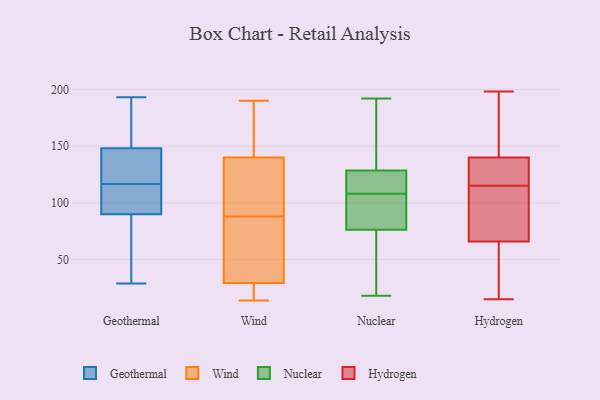
{"axis": {"x": "Gross Profit (USD K)", "y": "Value"}, "legend": ["Geothermal", "Hydrogen", "Nuclear", "Wind"], "data": [{"x": "", "y": 106, "type": "Geothermal"}, {"x": "", "y": 29, "type": "Geothermal"}, {"x": "", "y": 127, "type": "Geothermal"}, {"x": "", "y": 144, "type": "Geothermal"}, {"x": "", "y": 193, "type": "Geothermal"}, {"x": "", "y": 148, "type": "Geothermal"}, {"x": "", "y": 184, "type": "Geothermal"}, {"x": "", "y": 35, "type": "Geothermal"}, {"x": "", "y": 94, "type": "Geothermal"}, {"x": "", "y": 90, "type": "Geothermal"}, {"x": "", "y": 40, "type": "Wind"}, {"x": "", "y": 106, "type": "Wind"}, {"x": "", "y": 29, "type": "Wind"}, {"x": "", "y": 131, "type": "Wind"}, {"x": "", "y": 143, "type": "Wind"}, {"x": "", "y": 190, "type": "Wind"}, {"x": "", "y": 143, "type": "Wind"}, {"x": "", "y": 14, "type": "Wind"}, {"x": "", "y": 30, "type": "Wind"}, {"x": "", "y": 62, "type": "Wind"}, {"x": "", "y": 15, "type": "Wind"}, {"x": "", "y": 29, "type": "Wind"}, {"x": "", "y": 114, "type": "Wind"}, {"x": "", "y": 88, "type": "Wind"}, {"x": "", "y": 160, "type": "Wind"}, {"x": "", "y": 19, "type": "Nuclear"}, {"x": "", "y": 65, "type": "Nuclear"}, {"x": "", "y": 18, "type": "Nuclear"}, {"x": "", "y": 95, "type": "Nuclear"}, {"x": "", "y": 108, "type": "Nuclear"}, {"x": "", "y": 127, "type": "Nuclear"}, {"x": "", "y": 76, "type": "Nuclear"}, {"x": "", "y": 124, "type": "Nuclear"}, {"x": "", "y": 108, "type": "Nuclear"}, {"x": "", "y": 141, "type": "Nuclear"}, {"x": "", "y": 77, "type": "Nuclear"}, {"x": "", "y": 192, "type": "Nuclear"}, {"x": "", "y": 167, "type": "Nuclear"}, {"x": "", "y": 177, "type": "Nuclear"}, {"x": "", "y": 124, "type": "Nuclear"}, {"x": "", "y": 50, "type": "Nuclear"}, {"x": "", "y": 94, "type": "Nuclear"}, {"x": "", "y": 77, "type": "Nuclear"}, {"x": "", "y": 129, "type": "Nuclear"}, {"x": "", "y": 110, "type": "Hydrogen"}, {"x": "", "y": 136, "type": "Hydrogen"}, {"x": "", "y": 151, "type": "Hydrogen"}, {"x": "", "y": 66, "type": "Hydrogen"}, {"x": "", "y": 141, "type": "Hydrogen"}, {"x": "", "y": 43, "type": "Hydrogen"}, {"x": "", "y": 84, "type": "Hydrogen"}, {"x": "", "y": 124, "type": "Hydrogen"}, {"x": "", "y": 15, "type": "Hydrogen"}, {"x": "", "y": 198, "type": "Hydrogen"}, {"x": "", "y": 76, "type": "Hydrogen"}, {"x": "", "y": 24, "type": "Hydrogen"}, {"x": "", "y": 120, "type": "Hydrogen"}, {"x": "", "y": 140, "type": "Hydrogen"}]}